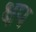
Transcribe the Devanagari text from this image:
क्षप